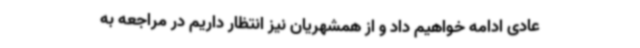
عادی ادامه خواهیم داد و از همشهریان نیز انتظار داریم در مراجعه به